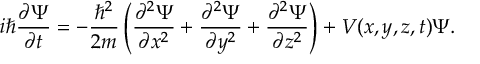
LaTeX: i \hbar { \frac { \partial \Psi } { \partial t } } = - { \frac { \hbar ^ { 2 } } { 2 m } } \left( { \frac { \partial ^ { 2 } \Psi } { \partial x ^ { 2 } } } + { \frac { \partial ^ { 2 } \Psi } { \partial y ^ { 2 } } } + { \frac { \partial ^ { 2 } \Psi } { \partial z ^ { 2 } } } \right) + V ( x , y , z , t ) \Psi . \,